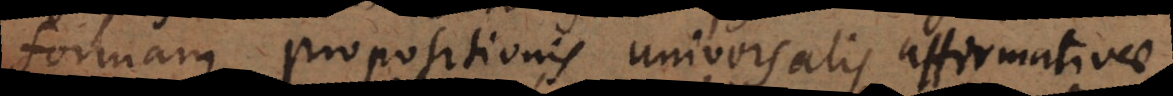
formam propositionis universalis affirmativae